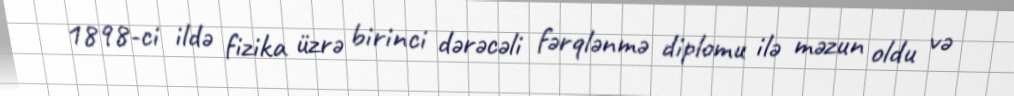
1898-ci ildə fizika üzrə birinci dərəcəli fərqlənmə diplomu ilə məzun oldu və